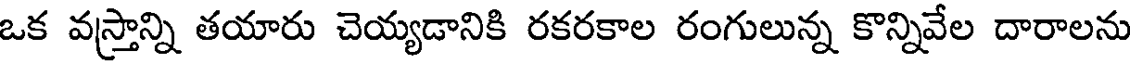
ఒక వస్త్రాన్ని తయారు చెయ్యడానికి రకరకాల రంగులున్న కొన్నివేల దారాలను